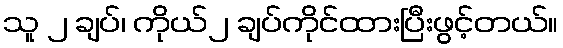
သူ ၂ ချပ်၊ ကိုယ်၂ ချပ်ကိုင်ထားပြီးဖွင့်တယ်။